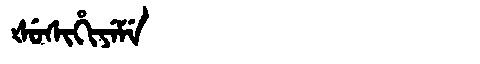
Manchu: ᡧᡠᠰᡳᡥᡳᠶᡝᠮᡝ
Romanization: ŠUSIHIYEME